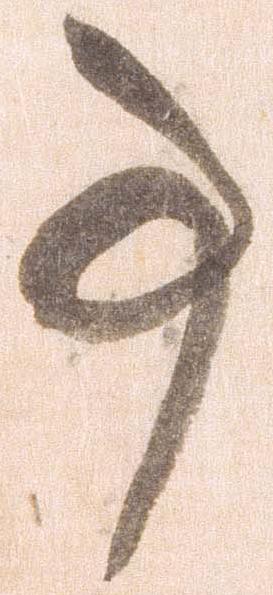
事